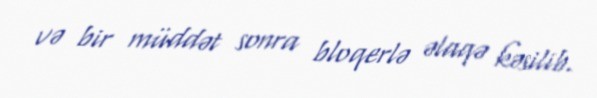
və bir müddət sonra bloqerlə əlaqə kəsilib.